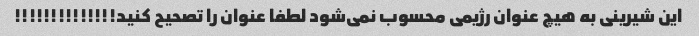
این شیرینی به هیچ عنوان رژیمی محسوب نمی‌شود لطفا عنوان را تصحیح کنید!!!!!!!!!!!!!!